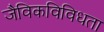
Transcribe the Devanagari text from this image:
जैविकविविधता